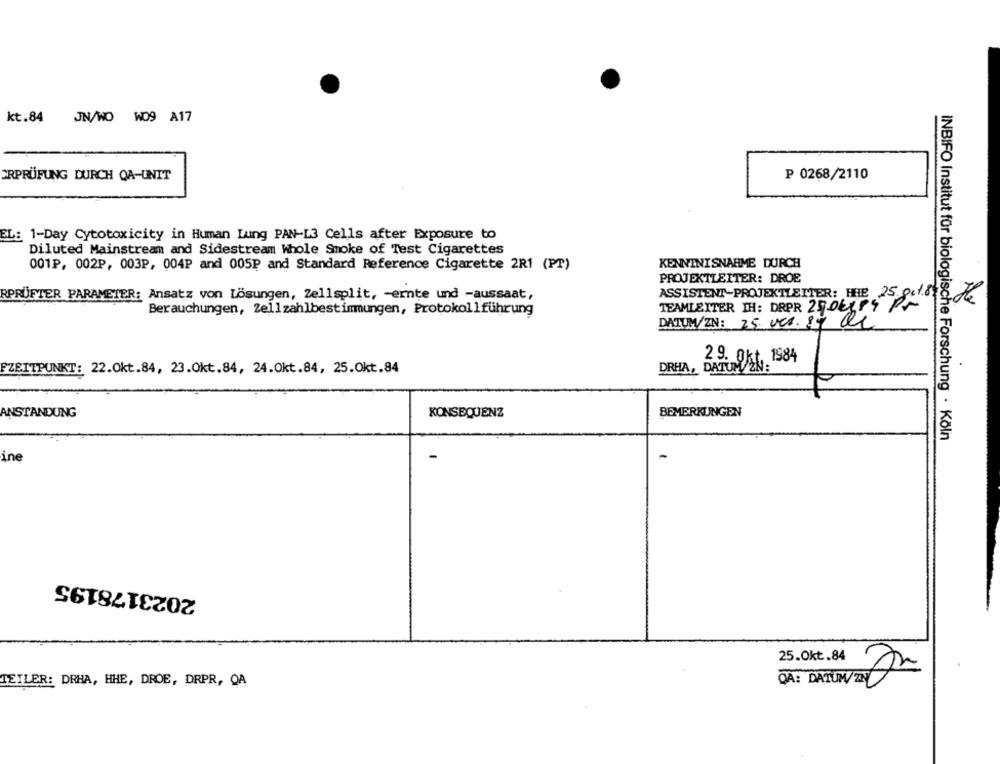
kt.84 JN/WO WO9 A17
ERPRÜFUNG DURCH QA-UNIT
₱ 0268/2110
EL: 1-Day Cytotoxicity in Human Lung PAN-L3 Cells after Exposure to
Diluted Mainstream and Sidestream Whole Smoke of Test Cigarettes
001P, 002P, 003P, 004P and 005P and Standard Reference Cigarette 2R1 (PT)
KENNINISNAHME DURCH
PROJEKTLEITER: DROE
RPRÜFTER PARAMETER: Ansatz von Lösungen, Zellsplit, - ernte und -aussaat,
ASSISTENT-PROJEKTLETTER: HHE 25 pct.8.
TEAMLEITER IH: DRPR 25DELPS PM
Berauchungen, Zellzahlbestimmungen, Protokollführung
DATUM/ZN: 25 ves. 84 de
DRHA, DATUMEN:
29. Okt. 1984
FZEITPUNKT: 22.Okt.84, 23.Okt.84, 24.Okt.84, 25.Okt.84
ANSTANDUNG
BEMERKUNGEN
KONSEQUENZ
INBIFO Institut für biologische Forschung · Köln
ine
2023178195
25.Okt.84
TEILER: DRHA, HHE, DROE, DRPR, QA
QA: DATUM/20 €